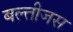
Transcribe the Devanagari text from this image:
बल्तीजस